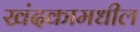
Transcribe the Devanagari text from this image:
खंदकामधील